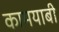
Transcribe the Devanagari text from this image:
कामयाबी